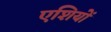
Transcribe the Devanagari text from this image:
एशियों